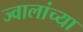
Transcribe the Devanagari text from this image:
ज्वालांच्या